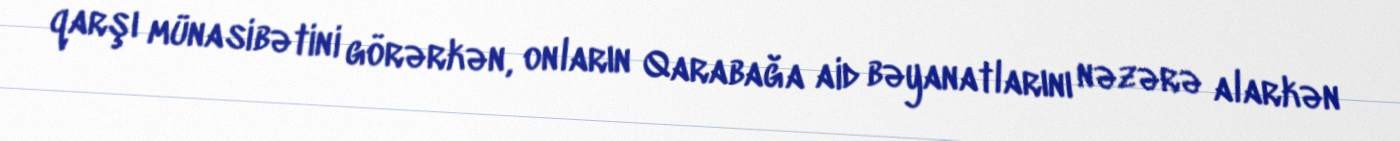
qarşı münasibətini görərkən, onların Qarabağa aid bəyanatlarını nəzərə alarkən